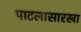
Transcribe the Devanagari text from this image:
पाटलासारखा